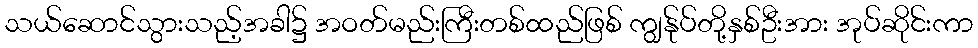
သယ်ဆောင်သွားသည့်အခါ၌ အဝတ်မည်းကြီးတစ်ထည်ဖြစ် ကျွန်ုပ်တို့နှစ်ဦးအား အုပ်ဆိုင်းကာ